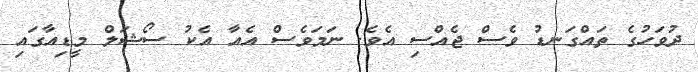
ދުވަހުގެ ތައްގަނޑު ވެސް ޖެއްސި އެވެ. ނަމަވެސް އެއާ އެކު ސޯޝަލް މީޑިއާގައި